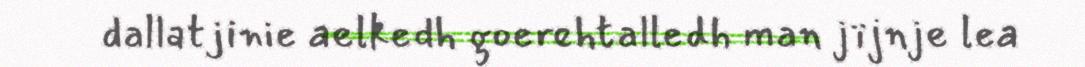
dallatjinie aelkedh goerehtalledh man jïjnje lea